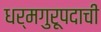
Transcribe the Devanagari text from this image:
धर्मगुरूपदाची